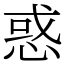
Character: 惑